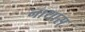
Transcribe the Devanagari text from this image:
नाथास